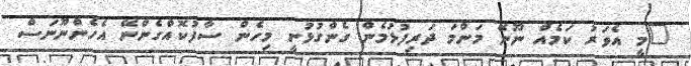
"މީ އެވަރު ކަމެއް ނޫނޭ މަންމަ ދަރިފުޅުމެން ގެންގުޅުނީ މިހެން ސާފުކޮއްގެންނޭ އެހެންނޫނަސް